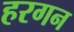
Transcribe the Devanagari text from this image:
हरगन